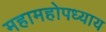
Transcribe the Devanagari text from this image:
महामहोपध्याय